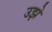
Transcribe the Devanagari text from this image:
उझे